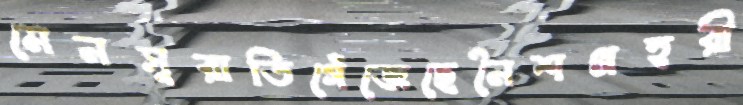
মেনসুরাতিগেঁজেছেনৈশপ্রহরী